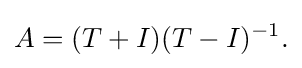
\displaystyle {A=(T+I)(T-I)^{-1}.}